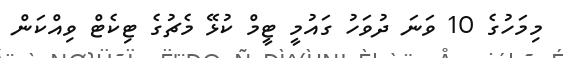
މިމަހުގެ 10 ވަނަ ދުވަހު ގައުމީ ޓީމް ކުޅޭ މެޗުގެ ޓިކެޓް ވިއްކަން